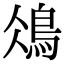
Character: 𩿕